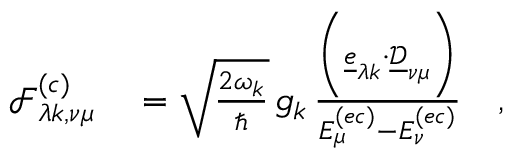
\begin{array} { r l } { \mathcal { F } _ { \lambda k , \nu \mu } ^ { ( c ) } } & { { } = \sqrt { \frac { 2 \omega _ { k } } { \hbar } } \, g _ { k } \, \frac { \biggl ( \underline { { e } } _ { \lambda k } \cdot \underline { { \mathcal { D } } } _ { \nu \mu } \biggr ) } { E _ { \mu } ^ { ( e c ) } - E _ { \nu } ^ { ( e c ) } } \quad , } \end{array}